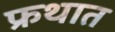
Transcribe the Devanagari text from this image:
फ्रथात